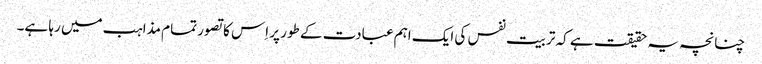
چنانچہ یہ حقیقت ہے کہ تربیت نفس کی ایک اہم عبادت کے طور پر اِس کا تصور تمام مذاہب میں رہا ہے۔